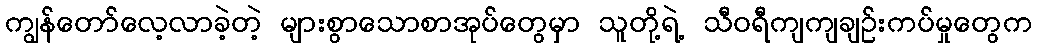
ကျွန်တော်လေ့လာခဲ့တဲ့ များစွာသောစာအုပ်တွေမှာ သူတို့ရဲ့ သီဝရီကျကျချဉ်းကပ်မှုတွေက